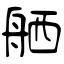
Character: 舾